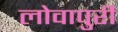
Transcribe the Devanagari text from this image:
लोवापुरी